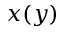
x ( y )